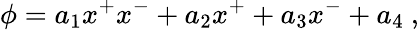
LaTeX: \phi=a_{1}x^{+}x^{-}+a_{2}x^{+}+a_{3}x^{-}+a_{4}\ ,